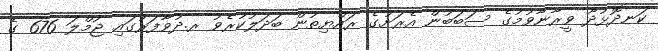
ކަނދޮޅުދޫ ވީރާނާވުމުގެ ސަބަބުން އެރަށުގެ ރައްޔިތުން ބަދަލުކުރެވުު ރ.ދުވާފަރުގައި ޖުމްލަ 676 ގެ